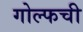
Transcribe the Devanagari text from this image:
गोल्फची